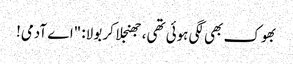
بھوک بھی لگی ہوئی تھی، جھنجلا کر بولا: "اے آدمی!